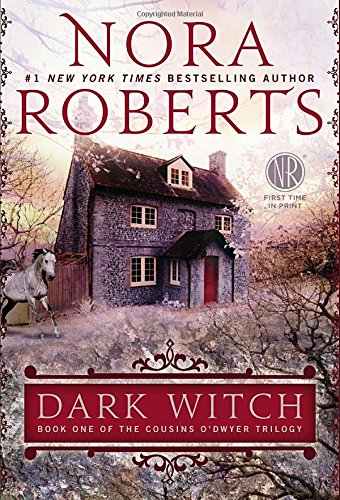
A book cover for Dark Witch (Cousins O'Dwyer); Nora Roberts; Romance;